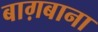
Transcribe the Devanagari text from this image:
बाग़बाना